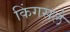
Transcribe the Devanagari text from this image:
किंगसले